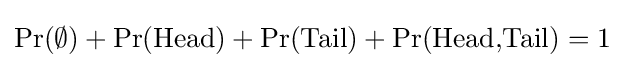
\Pr(\emptyset )+\Pr({\text{Head}})+\Pr({\text{Tail}})+\Pr({\text{Head,Tail}})=1